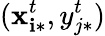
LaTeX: (\mathbf{x}_{\mathbf{i}*}^{t},y_{j*}^{t})